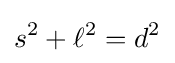
s^{2}+\ell ^{2}=d^{2}